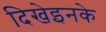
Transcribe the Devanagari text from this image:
दिखेइनके